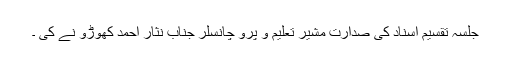
جلسہ تقسیم اسناد کی صدارت مشیر تعلیم و پرو چانسلر جناب نثار احمد کھوڑو نے کی ۔